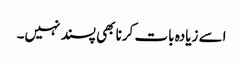
اسے زیادہ بات کرنا بھی پسند نہیں۔